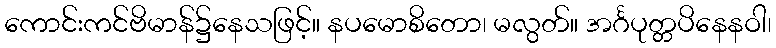
ကောင်းကင်ဗိမာန်၌နေသဖြင့်။ နပမောစိတော၊ မလွတ်။ အင်္ဂပုတ္တပိနေနဝါ၊